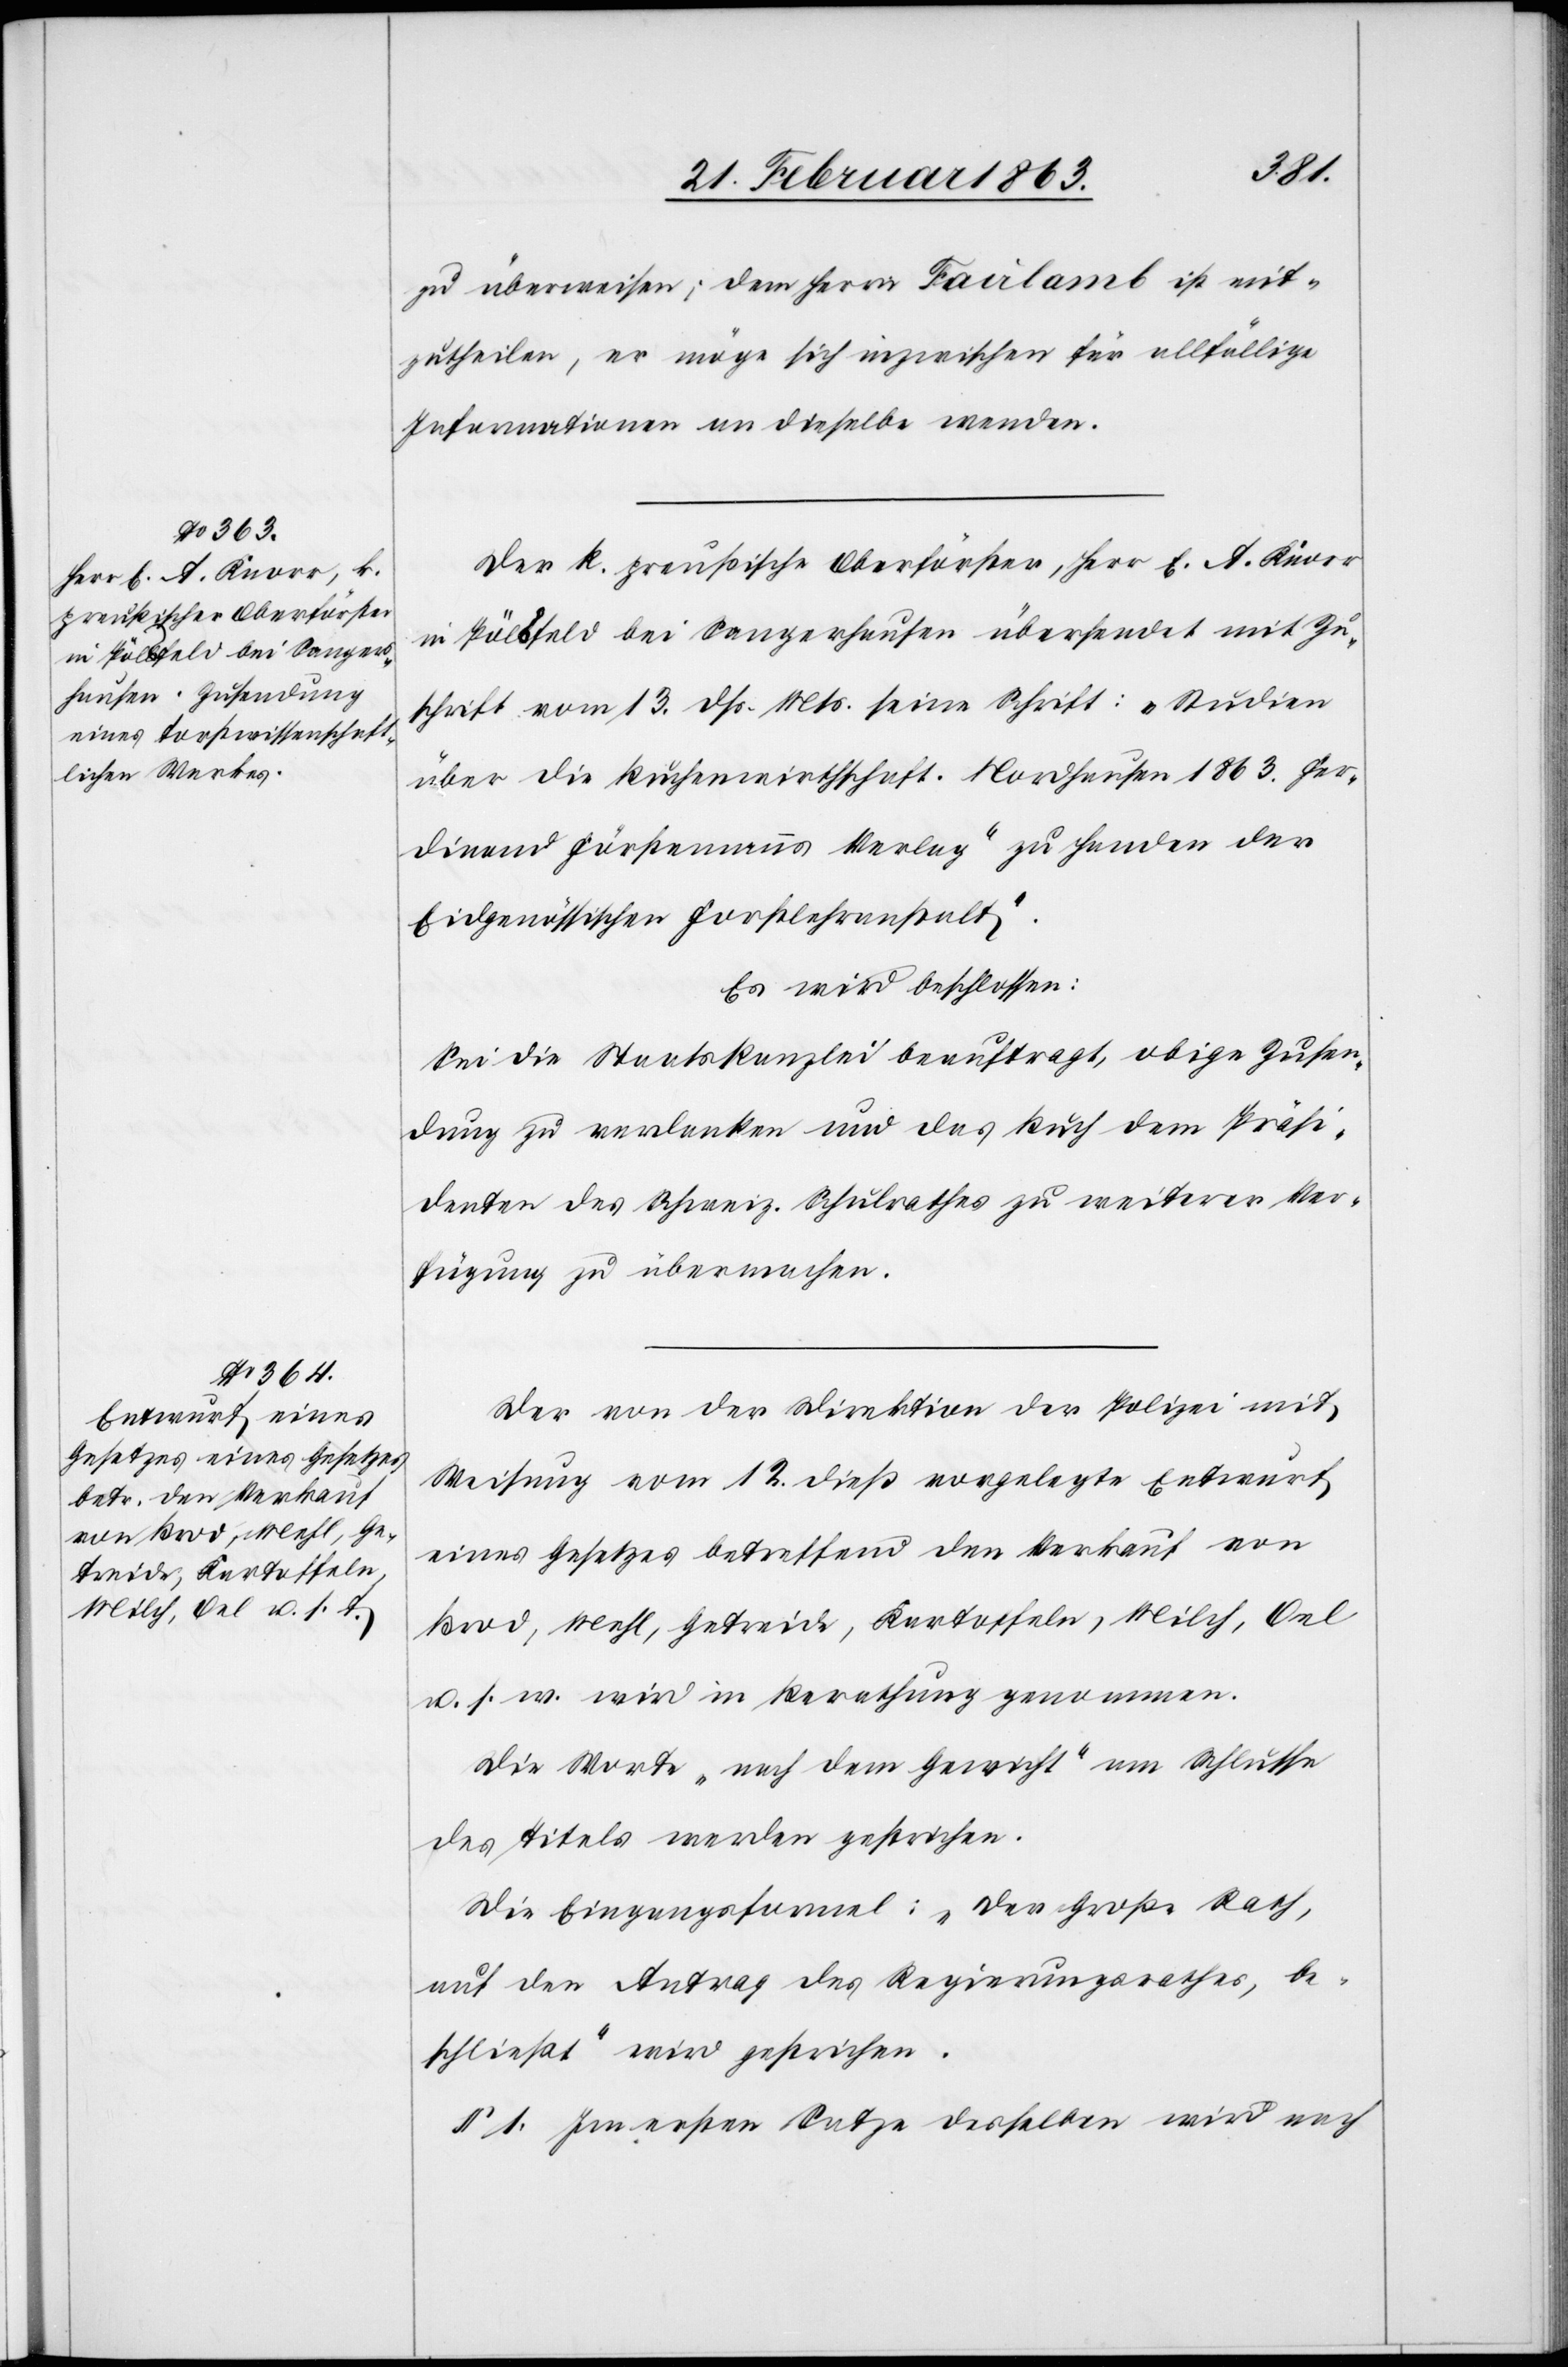
zu überweisen; dem Herrn Fairlamb ist mit¬
zutheilen, er möge sich inzwischen für allfällige
Informationen an dieselbe wenden.
Der k. preußische Oberförster, Herr E. A. Knorr
in Pölsfeld bei Sangerhausen übersendet mit Zu¬
schrift vom 13. dß. Mts. seine Schrift: „Studien
über die Buchenwirthschaft. Nordhausen 1863. Fer¬
dinand Fürstmanns Verlag zu Handen der
Eidgenössischen Forstlehranstalt“.
Es wird beschlossen:
Sei die Staatskanzlei beauftragt, obige Zusen¬
dung zu verdanken und das Buch dem Präsi¬
denten des Schweiz. Schulrathes zu weiterer Ver¬
fügung zu übermachen.
Der von der Direktion der Polizei mit
Weisung vom 12. dieß vorgelegte Entwurf
eines Gesetzes betreffend den Verkauf von
Brod, Mehl, Getreide, Kartoffeln, Milch, Oel
u. s. w. wird in Berathung genommen.
Die Worte „nach dem Gewicht“ am Schlusse
des Titels werden gestrichen.
Die Eingangsformel: „Der Große Rath,
auf den Antrag des Regierungsrathes, be¬
schließt“ wird gestrichen.
§ 1. Im ersten Satze desselben wird nach